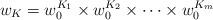
LaTeX: \begin{align*}w_K = w_0^{K_1} \times w_0^{K_2} \times \cdots \times w_0^{K_m}\end{align*}